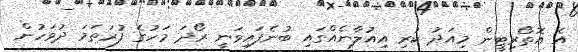
އެ އޮތޯރިޓީން މިއަދު ކުރި އިއުލާނެއްގައި ބުނެފައިވަނީ ރޯދަ މަހުގެ ފުރަތަމަ ދުވަހުން